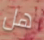
هل